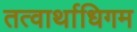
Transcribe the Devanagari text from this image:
तत्वार्थाधिगम